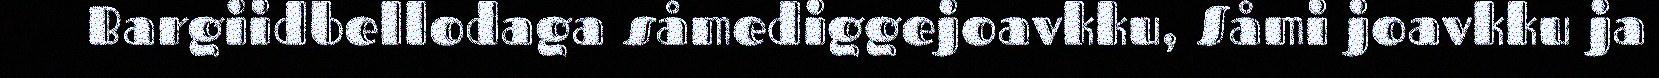
Bargiidbellodaga såmediggejoavkku, Såmi joavkku ja